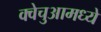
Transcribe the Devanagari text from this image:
क्वेचुआमध्ये